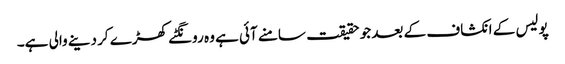
پولیس کے انکشاف کے بعد جو حقیقت سامنے آئی ہے وہ رونگٹے کھڑے کر دینے والی ہے۔